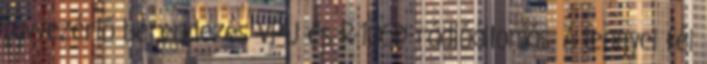
távvezérlő berendezés VPU és R-105D rádióállomás. A lengyel fél